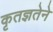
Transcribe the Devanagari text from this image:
कृतज्ञतेने